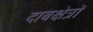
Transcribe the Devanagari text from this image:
दाबक्षेत्रों